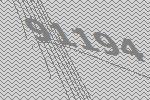
91194